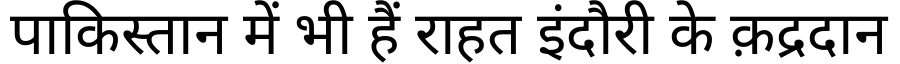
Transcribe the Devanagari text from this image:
पाकिस्तान में भी हैं राहत इंदौरी के क़द्रदान